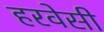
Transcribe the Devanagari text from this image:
हरवेसी